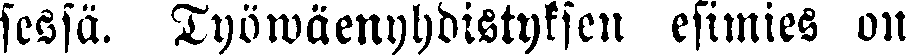
sessä. Työiwäenyhdistyksen esimies on